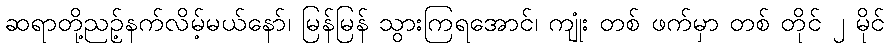
ဆရာတို့ညဉ့်နက်လိမ့်မယ်နော်၊ မြန်မြန် သွားကြရအောင်၊ ကျုံး တစ် ဖက်မှာ တစ် တိုင် ၂ မိုင်